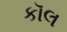
કૉલ